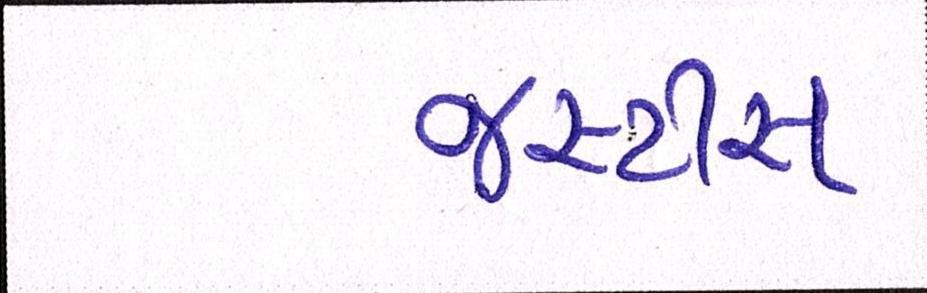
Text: જસ્ટીસ